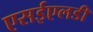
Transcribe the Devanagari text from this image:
एसईएलडी